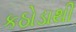
કઠોડાથી